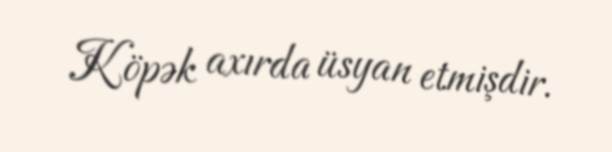
Köpək axırda üsyan etmişdir.